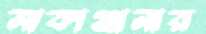
মাকাঞ্জানার